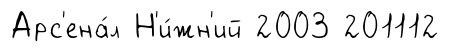
Арс'ена́л Н'и́жн'ий 2003 201112